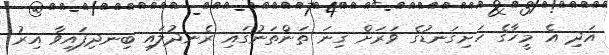
އަދި އެ މީހާގެ ހަށިގަނޑުގެ ވަރަށް ގިނަ ތަންތަނުގައި ރެނދުލައި ބިނދިފައިވާ އިރު